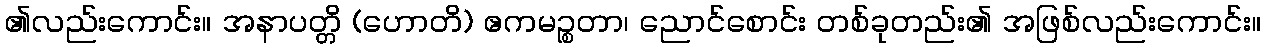
၏လည်းကောင်း။ အနာပတ္တိ (ဟောတိ) ဧကမဉ္စတာ၊ ညောင်စောင်း တစ်ခုတည်း၏ အဖြစ်လည်းကောင်း။